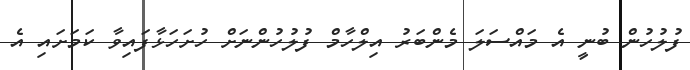
ފުލުހުން ބުނީ އެ މައްސަލަ މެންބަރު އިލްހާމް ފުލުހުންނަށް ހުށަހަޅާފައިވާ ކަމަށައި އެ